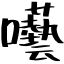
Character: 囈